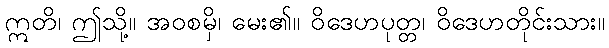
ဣတိ၊ ဤသို့။ အဝစမှိ၊ မေး၏။ ဝိဒေဟပုတ္တ၊ ဝိဒေဟတိုင်းသား။